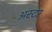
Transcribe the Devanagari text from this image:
अस्टर